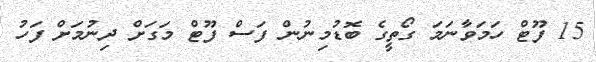
15 ފޫޓް ހަމަވާނަމަ ގޯތީގެ ބޮޑުމިނުން ފަސް ފޫޓް މަގަށް ދިނުމަށް ފަހު